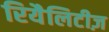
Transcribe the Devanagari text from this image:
रियैलिटीज़